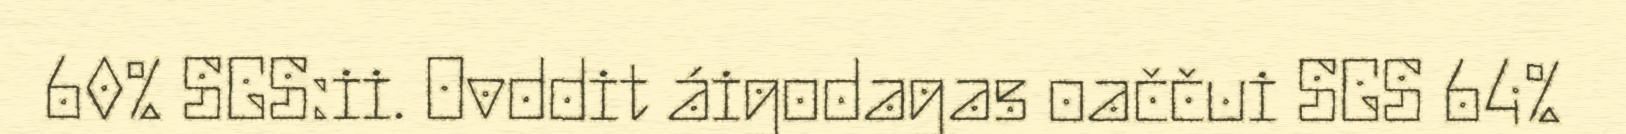
60% SGS:ii. Ovddit áigodagas oaččui SGS 64%